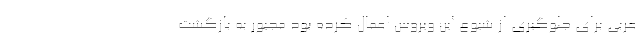
عربی برای جلوگیری از شیوع این ویروس اعمال کرده بود مجبور به بازگشت